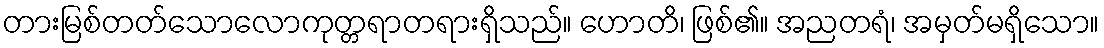
တားမြစ်တတ်သောလောကုတ္တရာတရားရှိသည်။ ဟောတိ၊ ဖြစ်၏။ အညတရံ၊ အမှတ်မရှိသော။